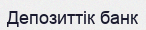
Депозиттік банк